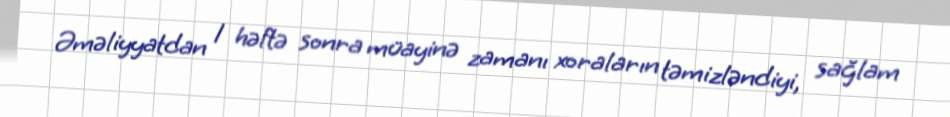
Əməliyyatdan 1 həftə sonra müayinə zamanı xoraların təmizləndiyi, sağlam